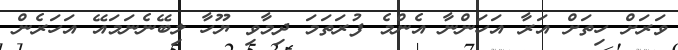
ވަރަށް ހިތަށް އަރާ އަހަންނާ އެންމެ ފުރަތަމަ ދިމާވި ޔޫހާ ލިބޭނެނަމައޭ އަހަރެން